Madras plague regulations and rules for district municipalities and other towns and villages
Disease focus: Plague
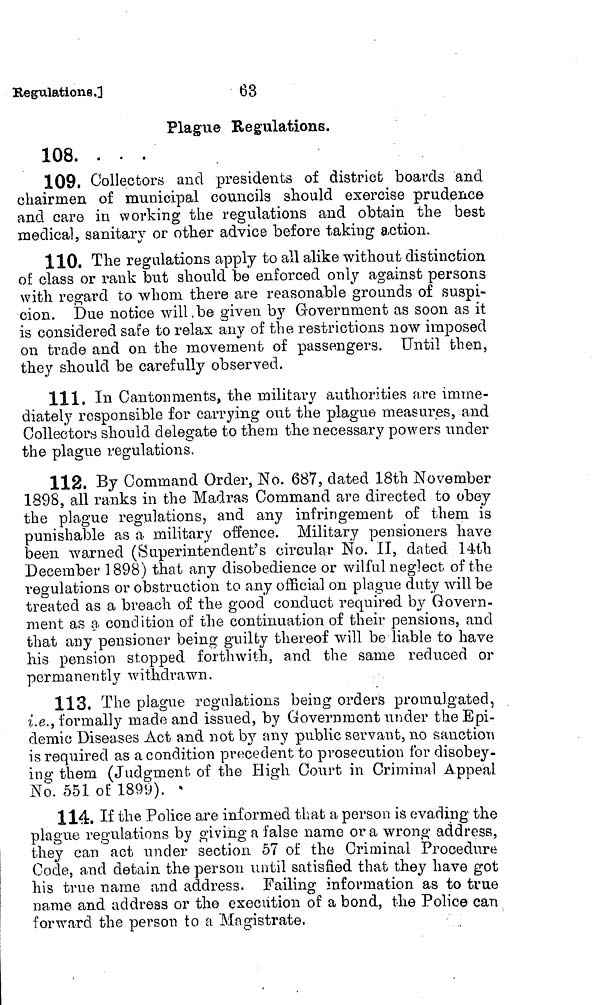
63
Regulations .3
Plague Regulations.
108. . . .
109. Collectors and presidents of district boards and
chairmen of municipal councils should exercise prudence
and care in working the regulations and obtain the best
medical, sanitary or other advice before taking action.
110. The regulations apply to all alike without distinction
of class or rank but should be enforced only against persons
with regard to whom there are reasonable grounds of suspi-
cion. Due notice will, be given by Government as soon as it
is considered safe to relax any of the restrictions now imposed
on trade and on the movement of passengers. Until then,
they should be carefully observed.
111. In Cantonments, the military authorities are imme-
diately responsible for carrying out the plague measures, and
Collectors should delegate to them the necessary powers under
the plague regulations.
112. By Command Order, No. 687, dated 18th November
1898, all ranks in the Madras Command are directed to obey
the plague regulations, and any infringement of them is
punishable as a military offence. Military pensioners have
been warned (Superintendent's circular No. II, dated 14th
December 1898) that any disobedience or wilful neglect of the
regulations or obstruction to any official on plague duty will be
treated as a breach of the good conduct required by Govern-
ment as a condition of the continuation of their pensions, and
that any pensioner being guilty thereof will be liable to have
his pension stopped forthwith, and the same reduced or
permaneritly withdrawn.
113. The plague regulations being orders promulgated,
i.e., formally made and issued, by Government under the Epi-
demic Diseases Act and not by any public servant, no sanction
is required as a condition precedent to prosecution for disobey-
ing them (Judgment of the High Court in Criminal Appeal
No. 551 oE 1899).
114. If the Police are informed that a person is evading the
plague regulations by giving a false name or a wrong address,
they can act under section 57 of the Criminal Procedure
Code, and detain the person until satisfied that they have got
his true name and address. Failing information as to true
name and address or the execution of a bond, the Police can
forward the person to a Magistrate.